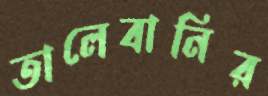
তালেবানির